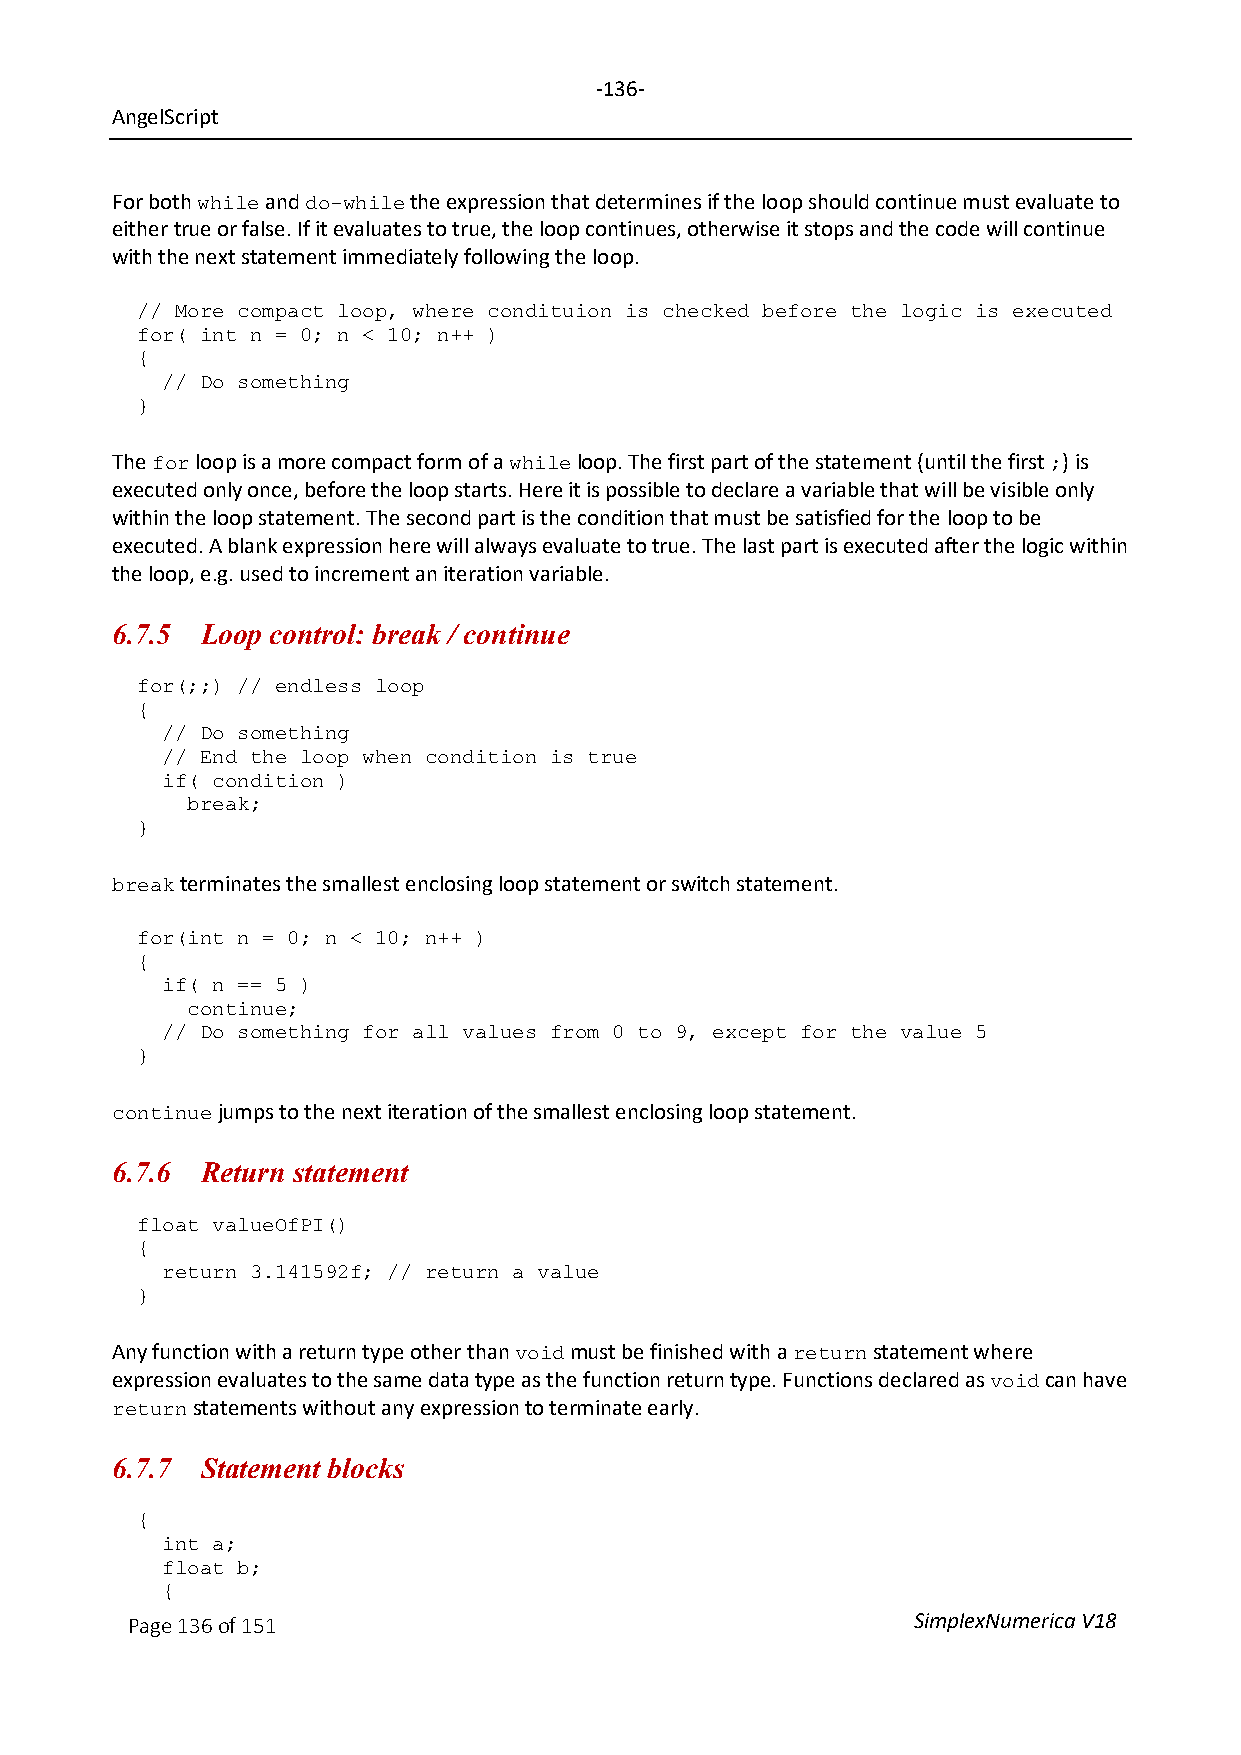
-136-
 AngelScript
 For both   and      the expression that determines if the loop should continue must evaluate to
 while  do-while
 either true or false. If it evaluates to true, the loop continues, otherwise it stops and the code will continue
 with the next statement immediately following the loop.
 // More compact loop, where condituion is checked before the logic is executed
 for( int n = 0; n < 10; n++ )
 {
 // Do something
 }
 The   loop is a more compact form of a loop. The first part of the statement (until the first ) is
 for                     while                              ;
 executed only once, before the loop starts. Here it is possible to declare a variable that will be visible only
 within the loop statement. The second part is the condition that must be satisfied for the loop to be
 executed. A blank expression here will always evaluate to true. The last part is executed after the logic within
 the loop, e.g. used to increment an iteration variable.
 6.7.5 Loop control: break / continue
 for(;;) // endless loop
 {
 // Do something
 // End the loop when condition is true
 if( condition )
 break;
 }
 terminates the smallest enclosing loop statement or switch statement.
 break
 for(int n = 0; n < 10; n++ )
 {
 if( n == 5 )
 continue;
 // Do something for all values from 0 to 9, except for the value 5
 }
 jumps to the next iteration of the smallest enclosing loop statement.
 continue
 6.7.6 Return statement
 float valueOfPI()
 {
 return 3.141592f; // return a value
 }
 Any function with a return type other than must be finished with a statement where
 void              return
 expression evaluates to the same data type as the function return type. Functions declared as can have
 void
 statements without any expression to terminate early.
 return
 6.7.7 Statement blocks
 {
 int a;
 float b;
 {
 Page 136 of 151                                     SimplexNumerica V18